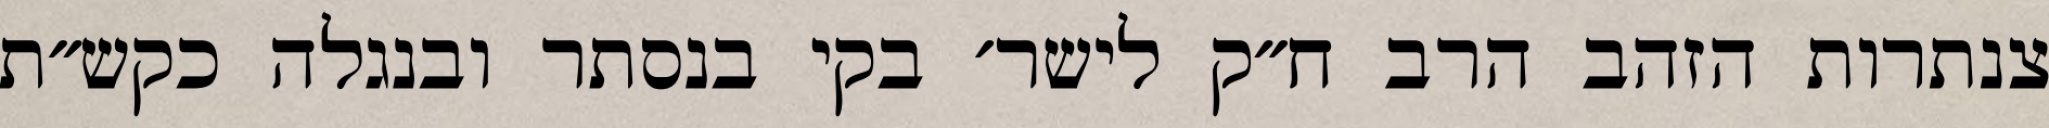
צנתרות הזהב הרב ח״ק לישר׳ בקי בנסתר ובנגלה כקש״ת